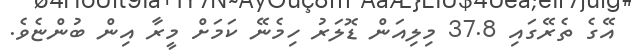
އޭގެ ތެރޭގައި 37.8 މިލިއަން ޑޮލަރު ހިމެނޭ ކަމަށް މީރާ އިން ބުންޏެވެ.